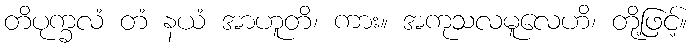
တိပုက္ခလံ တံ နယံ အာဟူတိ၊ ကား။ အကုသလမူလေဟိ၊ တို့ဖြင့်။